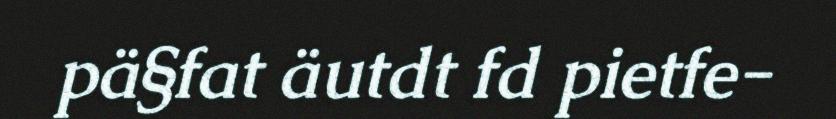
pä§fat äutdt fd pietfe-